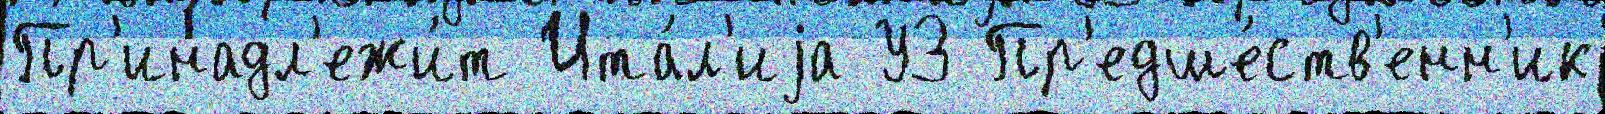
Пр'инадл'ежи́т Ита́л'иjа УЗ Пр'едше́ств'енн'ик